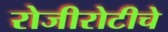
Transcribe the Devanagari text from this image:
रोजीरोटीचे